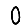
Digit: 0